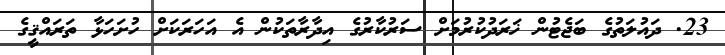
23. ދައުލަތުގެ ބަޖެޓުން ޚަރަދުކުރުމަށް ސަރުކާރުގެ އިދާރާތަކުން އެ އަހަރަކަށް ހުށަހަޅާ ތަރައްޤީގެ